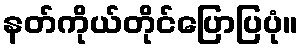
နတ်ကိုယ်တိုင်ပြောပြပုံ။